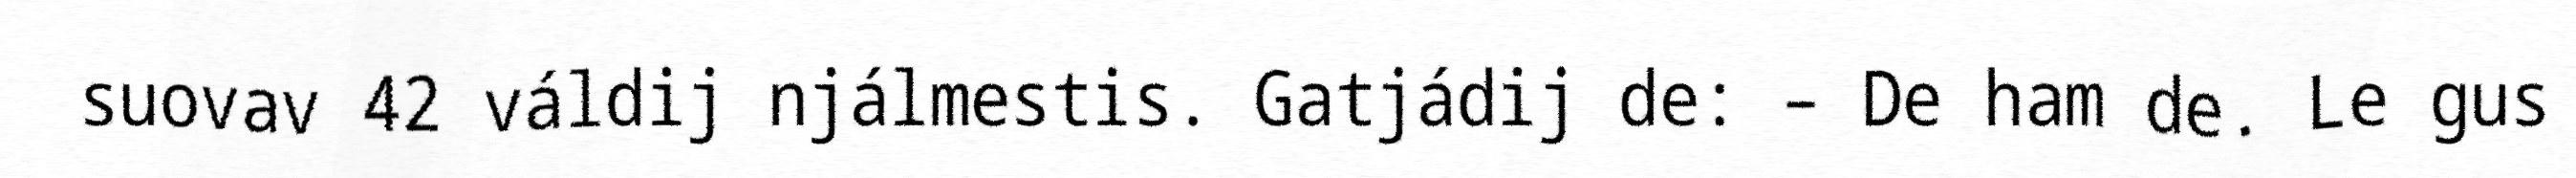
suovav 42 váldij njálmestis. Gatjádij de: – De ham de. Le gus